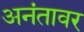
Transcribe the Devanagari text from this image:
अनंतावर